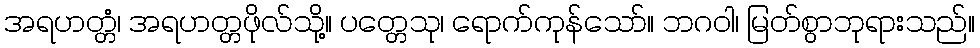
အရဟတ္တံ၊ အရဟတ္တဖိုလ်သို့။ ပတ္တေသု၊ ရောက်ကုန်သော်။ ဘဂဝါ၊ မြတ်စွာဘုရားသည်။